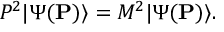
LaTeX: P ^ { 2 } | \Psi ( { \bf P } ) \rangle = M ^ { 2 } | \Psi ( { \bf P } ) \rangle .